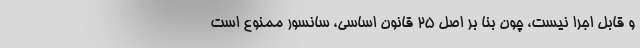
و قابل اجرا نيست، چون بنا بر اصل 25 قانون اساسي، سانسور ممنوع است